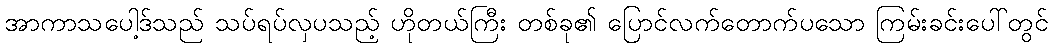
အာကာသပေါ့ဒ်သည် သပ်ရပ်လှပသည့် ဟိုတယ်ကြီး တစ်ခု၏ ပြောင်လက်တောက်ပသော ကြမ်းခင်းပေါ်တွင်